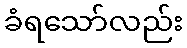
ခံရသော်လည်း